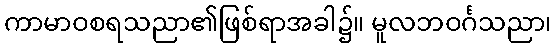
ကာမာဝစရသညာ၏ဖြစ်ရာအခါ၌။ မူလဘဝင်္ဂသညာ၊